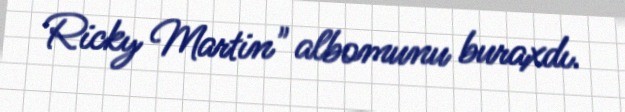
Ricky Martin" albomunu buraxdı.